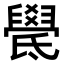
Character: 𣱓